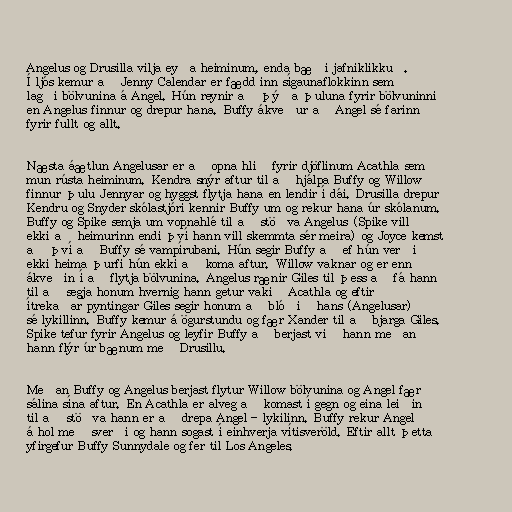
Angelus og Drusilla vilja eyða heiminum, enda bæði jafniklikkuð.
Í ljós kemur að Jenny Calendar er fædd inn sígaunaflokkinn sem
lagði bölvunina á Angel. Hún reynir að þýða þuluna fyrir bölvuninni
en Angelus finnur og drepur hana. Buffy ákveður að Angel sé farinn
fyrir fullt og allt.

Næsta áætlun Angelusar er að opna hlið fyrir djöflinum Acathla sem
mun rústa heiminum. Kendra snýr aftur til að hjálpa Buffy og Willow
finnur þulu Jennyar og hyggst flytja hana en lendir í dái. Drusilla drepur
Kendru og Snyder skólastjóri kennir Buffy um og rekur hana úr skólanum.
Buffy og Spike semja um vopnahlé til að stöðva Angelus (Spike vill
ekki að heimurinn endi því hann vill skemmta sér meira) og Joyce kemst
að því að Buffy sé vampírubani. Hún segir Buffy að ef hún verði
ekki heima þurfi hún ekki að koma aftur. Willow vaknar og er enn
ákveðin í að flytja bölvunina. Angelus rænir Giles til þess að fá hann
til að segja honum hvernig hann getur vakið Acathla og eftir
ítrekaðar pyntingar Giles segir honum að blóðið hans (Angelusar)
sé lykillinn. Buffy kemur á ögurstundu og fær Xander til að bjarga Giles.
Spike tefur fyrir Angelus og leyfir Buffy að berjast við hann meðan
hann flýr úr bænum með Drusillu.

Meðan Buffy og Angelus berjast flytur Willow bölvunina og Angel fær
sálina sína aftur. En Acathla er alveg að komast í gegn og eina leiðin
til að stöðva hann er að drepa Angel - lykilinn. Buffy rekur Angel
á hol með sverði og hann sogast í einhverja vítisveröld. Eftir allt þetta
yfirgefur Buffy Sunnydale og fer til Los Angeles.